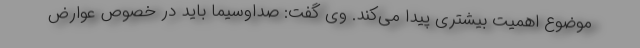
موضوع اهمیت بیشتری پیدا می‌کند. وی گفت: صداوسیما باید در خصوص عوارض